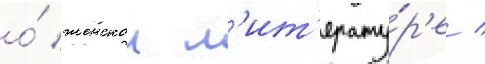
о́ женскои л'ит'ерату́р'е /